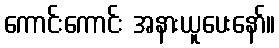
ကောင်းကောင်း အနားယူပေးနော်။